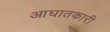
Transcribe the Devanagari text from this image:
आघातकारी